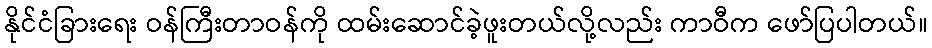
နိုင်ငံခြားရေး ဝန်ကြီးတာဝန်ကို ထမ်းဆောင်ခဲ့ဖူးတယ်လို့လည်း ကာဝီက ဖော်ပြပါတယ်။